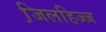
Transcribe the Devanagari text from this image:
जि़लहिज्ज